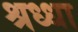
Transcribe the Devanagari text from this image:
श्रध्धा